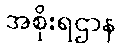
အစိုးရဌာန